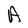
Character: A